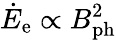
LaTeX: \dot{E}_{\mathrm{e}}\propto B_{\mathrm{ph}}^{2}